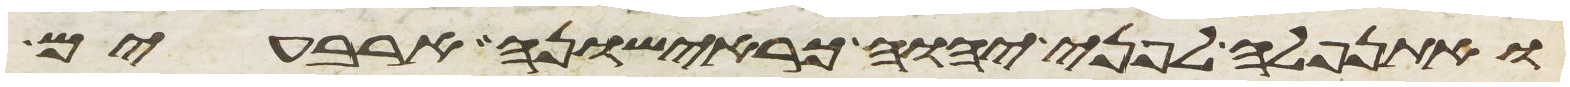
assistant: ואתנפלה לפני יהוה כראישונה ארבעים